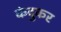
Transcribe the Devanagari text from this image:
कंदुकर